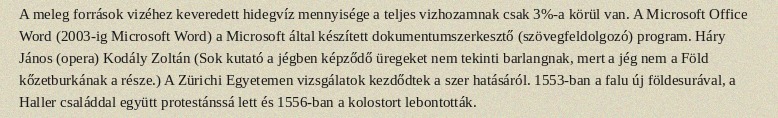
A meleg források vizéhez keveredett hidegvíz mennyisége a teljes vizhozamnak csak 3%-a körül van. A Microsoft Office Word (2003-ig Microsoft Word) a Microsoft által készített dokumentumszerkesztő (szövegfeldolgozó) program. Háry János (opera) Kodály Zoltán (Sok kutató a jégben képződő üregeket nem tekinti barlangnak, mert a jég nem a Föld kőzetburkának a része.) A Zürichi Egyetemen vizsgálatok kezdődtek a szer hatásáról. 1553-ban a falu új földesurával, a Haller családdal együtt protestánssá lett és 1556-ban a kolostort lebontották.